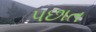
પછાત